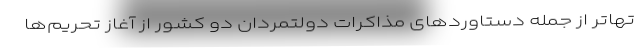
تهاتر از جمله دستاوردهای مذاکرات دولتمردان دو کشور از آغاز تحریم‌ها